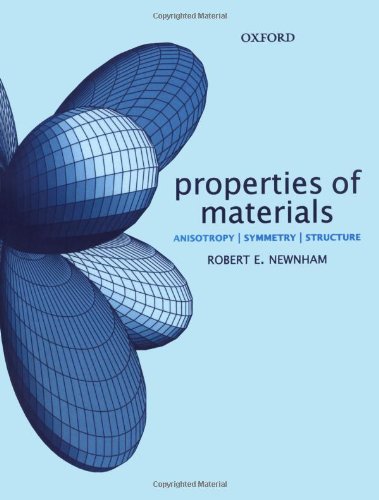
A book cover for Properties of Materials: Anisotropy, Symmetry, Structure; Robert E. Newnham; Science & Math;